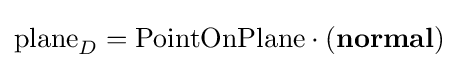
{\text{plane}}_{D}={\text{PointOnPlane}}\cdot ({\textbf {normal}})